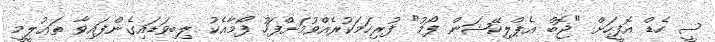
ސީ ހެޑް އޮފީހަށް "ޖޮބް އެޕްލިކޭޝަން ފޯމު" ފުރިހަމަކުރެއްވުމަށްފަހު ފޯމާއެކު ލިބިވަޑައިގެންފައިވާ ތަޢުލީމީ